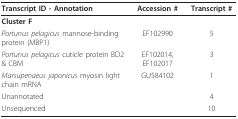
| Transcript ID - Annotation | Accession # | Transcript # |
 | --- | --- | --- |
 | Cluster F |  |  |
 | Portunus pelagicus mannose-binding protein (MBP1) | EF102990 | 5 |
 | Portunus pelagicus cuticle protein BD2 & CBM | EF102014, EF102017 | 3 |
 | Marsupenaeus japonicus myosin light chain mRNA | GU584102 | 1 |
 | Unannotated |  | 4 |
 | Unsequenced |  | 10 |